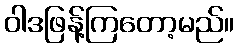
ဝါဒဖြန့်ကြတော့မည်။